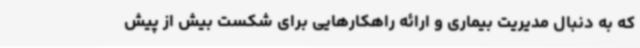
که به دنبال مدیریت بیماری و ارائه راهکارهایی برای شکست بیش از پیش